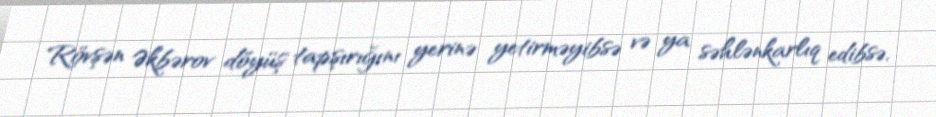
Rövşən Əkbərov döyüş tapşırığını yerinə yetirməyibsə və ya səhlənkarlıq edibsə,